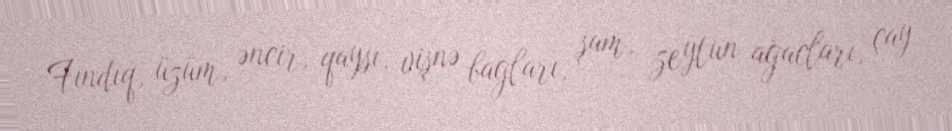
Fındıq, üzüm, əncir, qaysı, vişnə bağları, şam, zeytun ağacları, çay